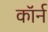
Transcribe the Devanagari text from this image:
कॉर्न